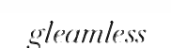
gleamless